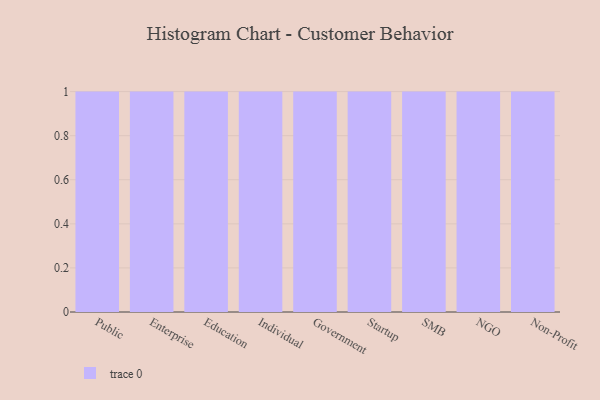
{"axis": {"x": "Segment", "y": "Demand Index"}, "legend": [""], "data": [{"x": "Public", "y": 91, "type": ""}, {"x": "Enterprise", "y": 78, "type": ""}, {"x": "Education", "y": 60, "type": ""}, {"x": "Individual", "y": 83, "type": ""}, {"x": "Government", "y": 47, "type": ""}, {"x": "Startup", "y": 60, "type": ""}, {"x": "SMB", "y": 81, "type": ""}, {"x": "NGO", "y": 44, "type": ""}, {"x": "Non-Profit", "y": 28, "type": ""}]}